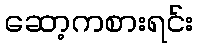
ဆော့ကစားရင်း